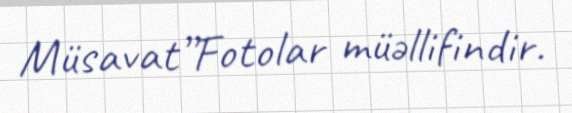
Müsavat”Fotolar müəllifindir.